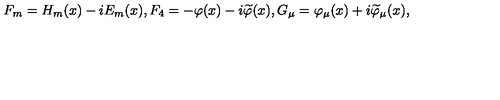
F _ { m } = H _ { m } ( x ) - i E _ { m } ( x ) , F _ { 4 } = - \varphi ( x ) - i \widetilde { \varphi } ( x ) , G _ { \mu } = \varphi _ { \mu } ( x ) + i \widetilde { \varphi } _ { \mu } ( x ) ,